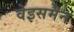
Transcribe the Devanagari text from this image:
वेइसमैन